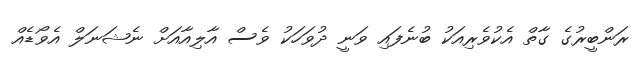
ރަންބީރުގެ ގާތް އެކުވެރިއަކު ބުނެފައި ވަނީ ދުވަހަކު ވެސް އާލިއާއަށް ނެޝަނަލް އެވޯޑެއް